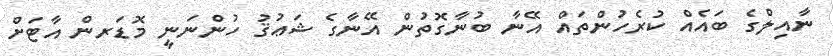
ނާއިލްގެ ބައެއް ކުރެހުންތައް އޭނާ ބުނާގޮތުން އޭނާގެ ޝަޢުޤު ހުންނަނީ މޮޑަރން އާޓަށް